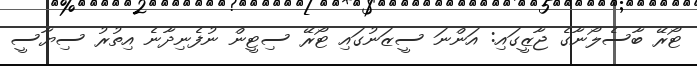
ޓޯރޭ ބާސެލޯނާގެ ޖާޒީގައި: އަންނަ ސީޒަނުގައި ޓޯރޭ ސިޓީން ނުފެނިދާނެ އިތުރު ސިޔާސީ